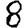
Digit: 8